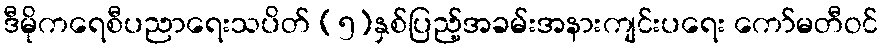
ဒီမိုကရေစီပညာရေးသပိတ် (၅)နှစ်ပြည့်အခမ်းအနားကျင်းပရေး ကော်မတီဝင်